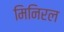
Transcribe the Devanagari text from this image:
मिनिरल